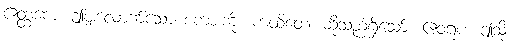
ဧတ္ထကေ၊ ဤမျှလောက်သော စကားကို။ ကထိတေ၊ ဆိုသည်ရှိသော်။ ဧဝရူပံ၊ ဤသို့